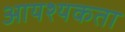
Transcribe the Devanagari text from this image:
आयश्यकता